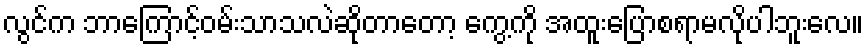
လွင်က ဘာကြောင့်ဝမ်းသာသလဲဆိုတာတော့ ကွေ့ကို အထူးပြောစရာမလိုပါဘူးလေ။